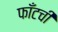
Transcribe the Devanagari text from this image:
फाँटची